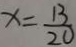
x = \frac { 1 3 } { 2 0 }